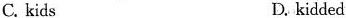
C.kids D.kidded